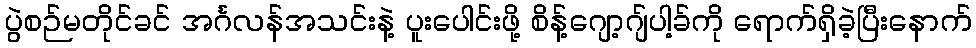
ပွဲစဉ်မတိုင်ခင် အင်္ဂလန်အသင်းနဲ့ ပူးပေါင်းဖို့ စိန့်ဂျော့ဂျ်ပါ့ခ်ကို ရောက်ရှိခဲ့ပြီးနောက်